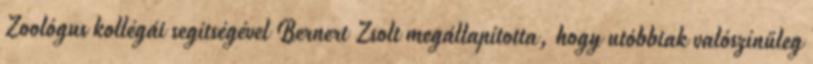
Zoológus kollégái segítségével Bernert Zsolt megállapította, hogy utóbbiak valószínűleg